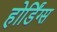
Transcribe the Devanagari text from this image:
होर्डिंग्स